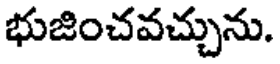
భుజించవచ్చును.